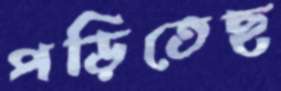
পড়িতেছ